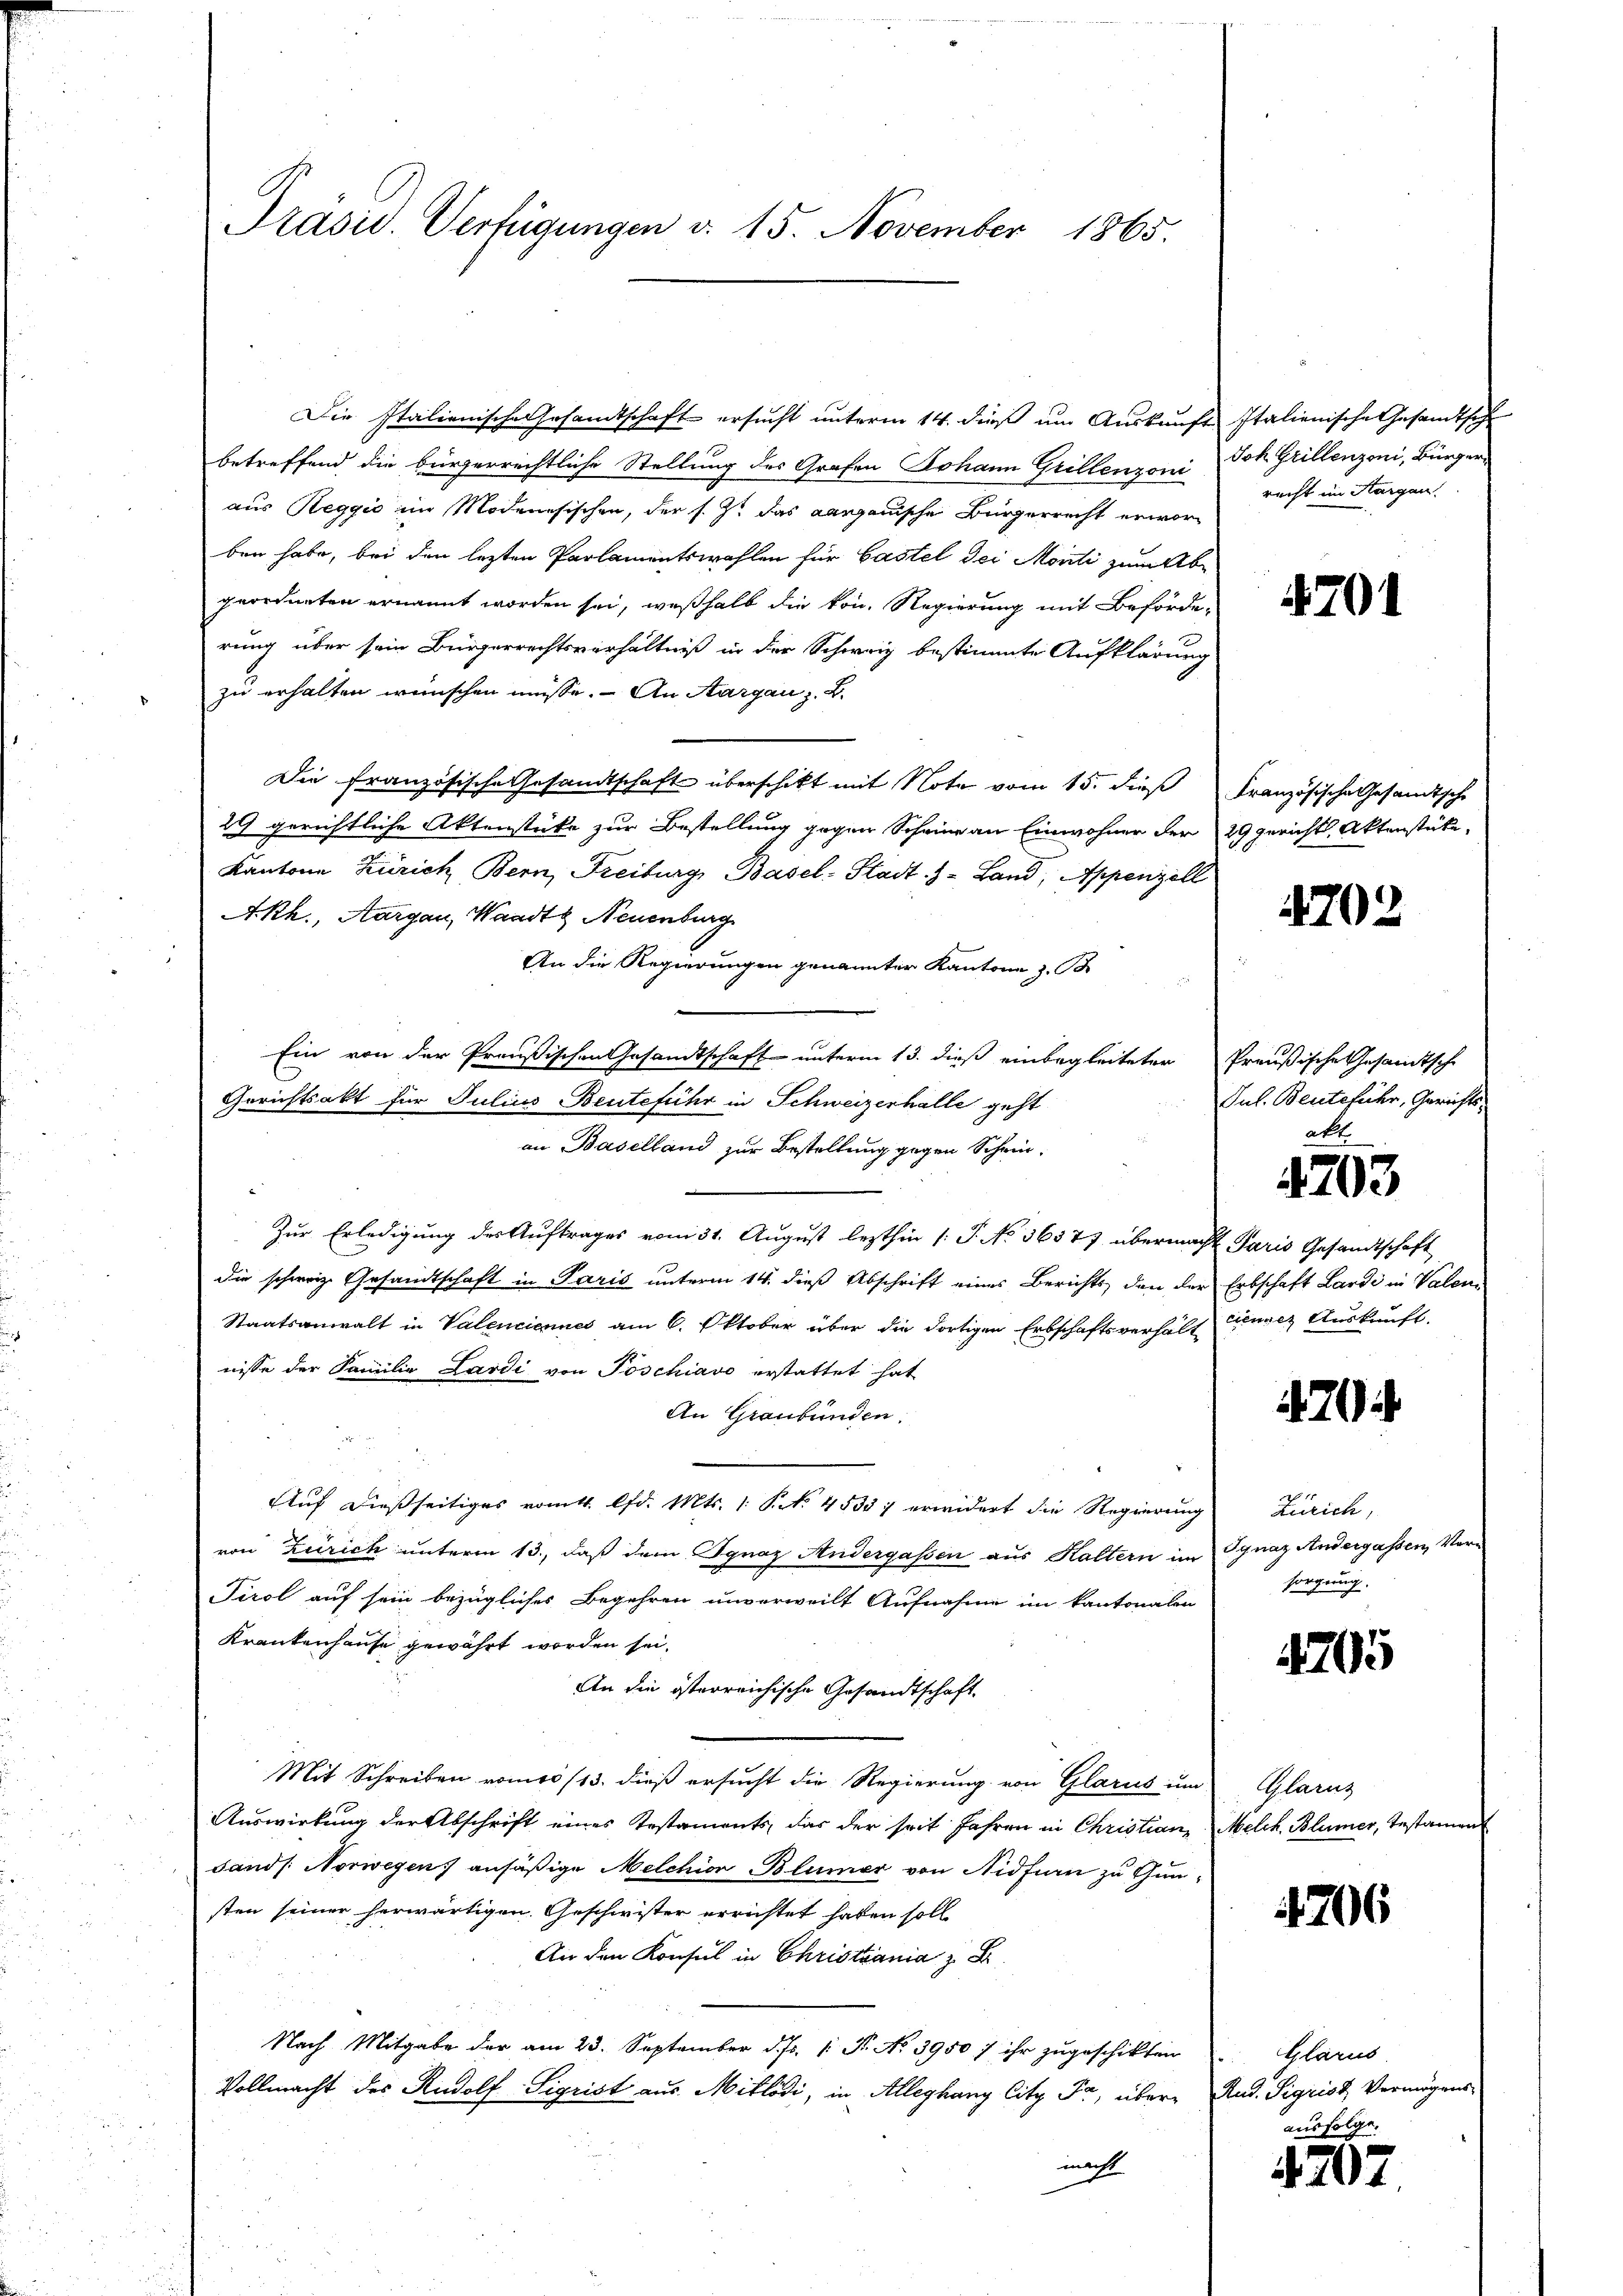
Präsid. Verfügungen d. 15. November 1865.

Die Italienische Gesamtschaft ersucht unterm 14. dieß um Auskunft Italienische Gesandtsch
betreffend die bürgerrechtliche Stellung des Grafen Johann Grillenzoni
aus Reggio im Modenesischen, der s. Z. das aargauische Bürgerrecht erwärben habe, bei den lezten Parlamentswahlen für Gastel der Monti zum Abe
geordneten ernannt worden sei, weßhalb die kon. Regierung mit Beförde-
rung über sein Bürgerrechtsverhältniß in der Schweiz bestimmte Aufklärung
zu erhalten wünschen müsse. An Aargau z. B.
Die französische Gesandtschaft überschikt mit Note vom 15. dieß
29 gerichtliche Aktenstüke zur Bestellung gegen Scheine an Einwohner der
Kantone Zürich Bern, Freiburg, Basel-Stadt. J. Land, Appenzell
A.Rh., Aargau, Waadt Neuenburg
An die Regierungen genannter Kantone 3.
Ein von der Preußischen Gesandtschaft unterm 13. dieß einbegleiteter
Gerichtsakt für Julius-Benteführ in Schweizerhalle geht
an Baselland zur Bestellung gegen Schrie-
Zur Erledigung des Auftrages vom 31. August lezthin /: P. No 36377 übermacht Paris Gesandtschaft
die schweiz. Gesandtschaft in Paris unterm 14. dieß Abschrift eines Berichts, den der Erbschaft Lardi in Valen
Staatsanwalt in Valenciennes am 6. Oktober über die dortigen Erbschaftsverhält einger Auskunft.
nisse der Familie Lardi von Poschiavo erstattet hat
An Graubünden.
Auf dießseitiges vom 4. lfd. Mts. 1. No. 45357 erwidert die Regierung
von Zürich unterm 13., daß dem Ignaz Andergassen aus Haltern im
Tirol auf sein bezügliches Begehren unverweilt Aufnahme im kantonalen
Krankenhause gewährt worden sei.
An die österreichische Gesandtschaft.
Mit Schreiben vom 13. dieß ersucht die Regierung von Glarus um
Auswirkung der Abschrift eines Testaments, das der seit Jahren in Christian
Sands Norwegen ansäßige Melchion Blümer von Nidfirn zu Gunsten seiner herwärtigen Geschwister errichtet haben soll
Air den Konsul in Christiania z. B.
Nach Mitgabe der am 23. September d. Js. 1. Fr. No 3950 :/ ihr zugeschikten
Vollmacht des Rudolf Sigrist aus Mitlödi, in Alleghang City Fr, übermacht

Joh Grillenzoni, Bürger
recht im Thurgau

4701

Französische Gesandtsche
29 gericht Aktenstücke,

4702

Preußische Gesandtsche
Jul. Bentefuhr, Gerichtsakt

4703

70

Zürich,
Ignaz Andergassen, Vorsorgung.

705

Glarus
Melch. Blümer, Testan

4706

Glarus
Rud. Sigrist Vermögens
ausfolge.

207.